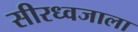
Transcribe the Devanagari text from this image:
सीरध्वजाला